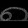
Digit: ၈